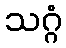
သဂ္ဂံ